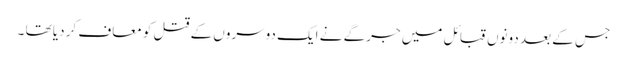
جس کے بعد دونوں قبائل میں جرگے نے ایک دوسروں کے قتل کو معاف کر دیا تھا ۔